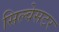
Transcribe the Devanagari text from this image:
सिल्वेसटर